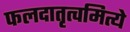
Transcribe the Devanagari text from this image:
फलदातृत्वमित्ये